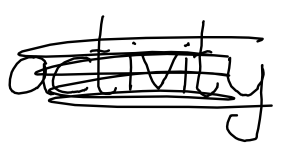
Text: activity
Cross-out: scratch
Writing tool: digital_black